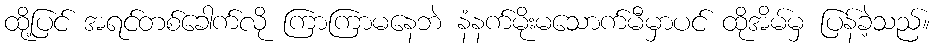
ထို့ပြင် အရင်တစ်ခေါက်လို ကြာကြာမနေဘဲ နံနက်မိုးမသောက်မီမှာပင် ထိုအိမ်မှ ပြန်ခဲ့သည်။